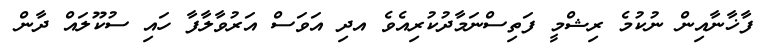
ފާޚާނާއިން ނުކުމެ ރިޝްމީ ފަތިސްނަމާދުކުރިއެވެ އދި އަވަސް އަރުވާާލާފާ ހައި ސުކޫލައް ދާން